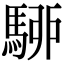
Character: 駵